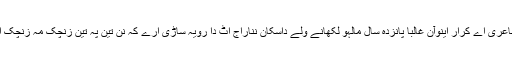
داشاعری اے کرار اینوآن غالباً پانزدہ سال مالہو لکھانے ولے داسکان نناراج اٹ دا رویہ ساڑی ارے کہ نن تین پہ تین زنچک مہ زنچک اُن ۔